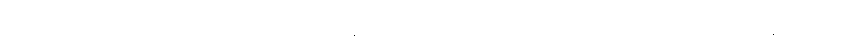
ကျောင်းသစ် တည်ထောင်ရတာဖြစ်လို့ စိန်ခေါ်မှုတွေ များသလို လာသီတင်းသုံးမယ့် ဘိက္ခုနီကလည်း